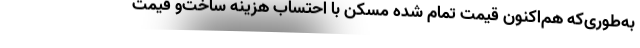
به‌طوری‌که هم‌اکنون قیمت تمام شده مسکن با احتساب هزینه ساخت‌و قیمت